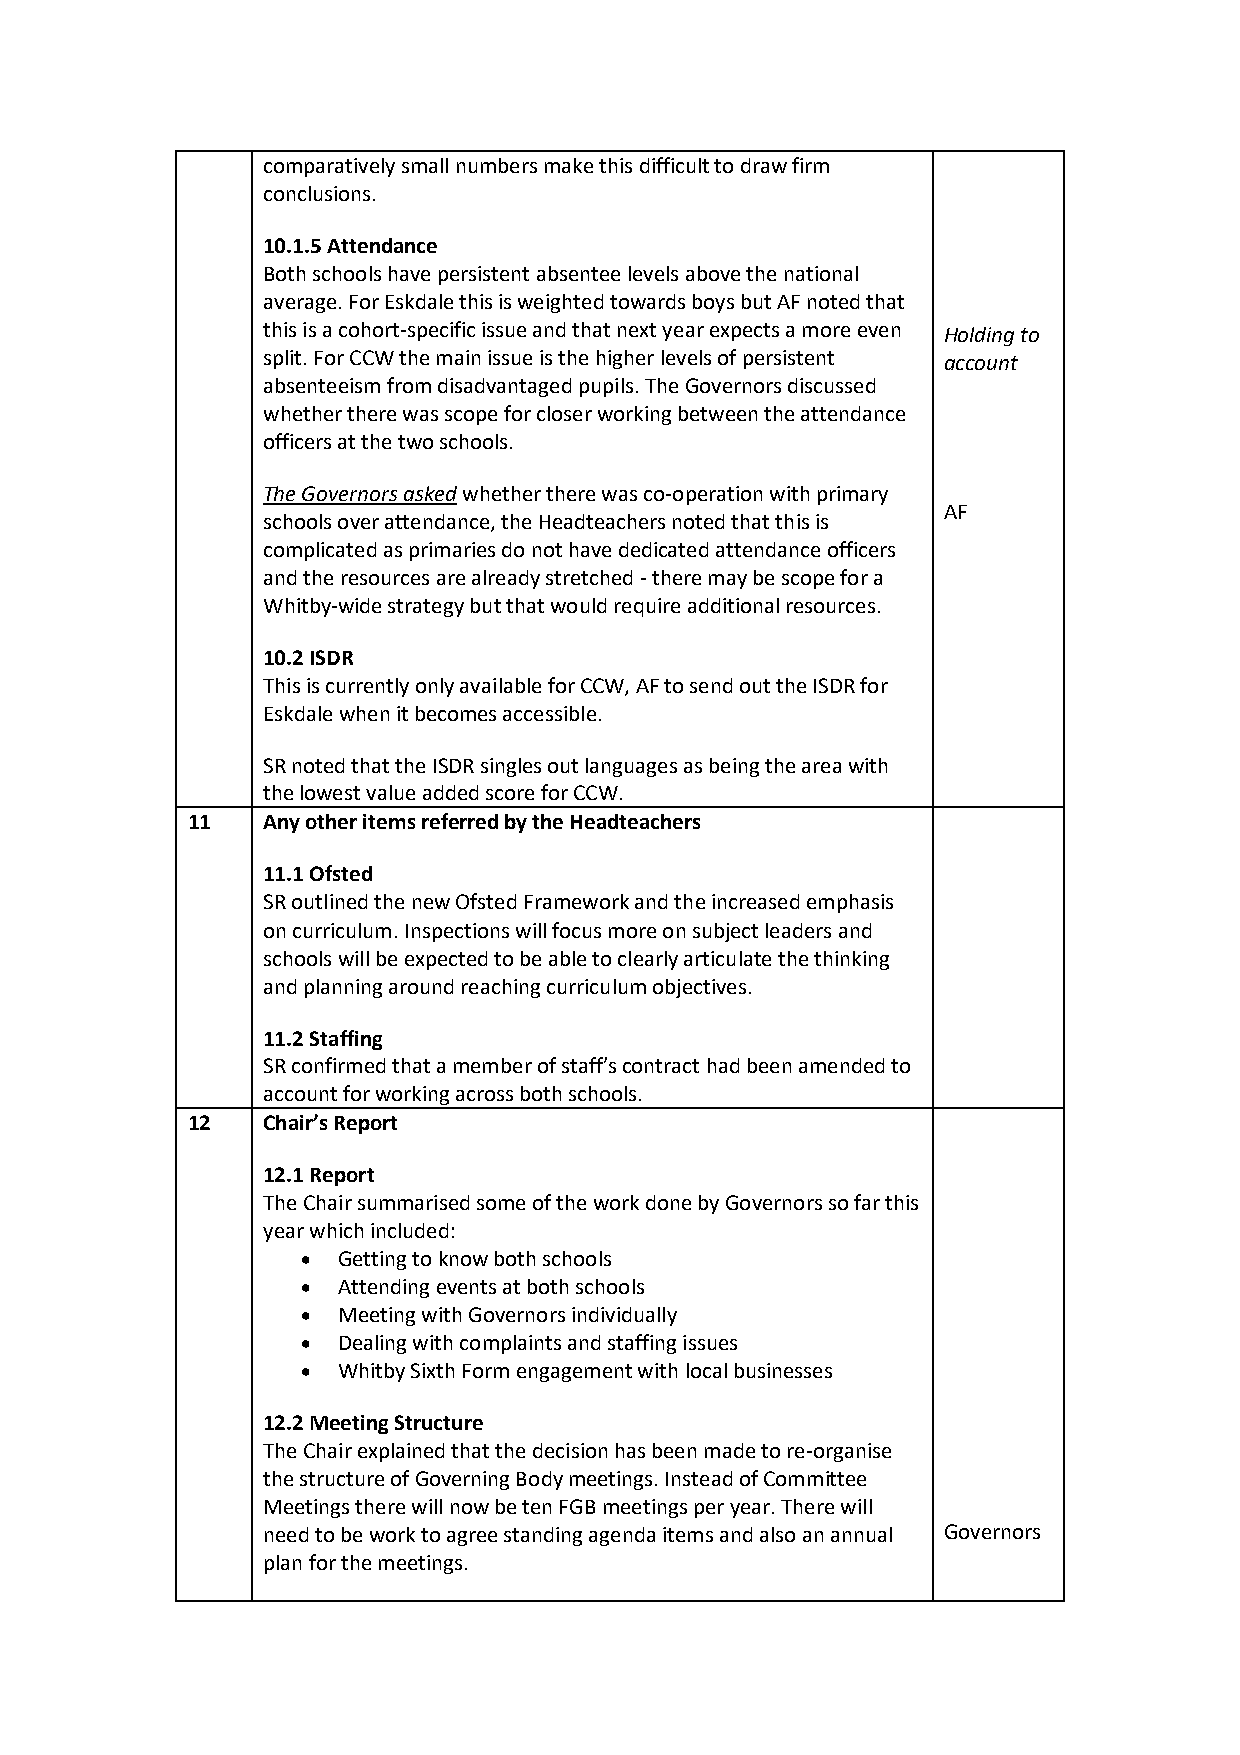
comparatively small numbers make this difficult to draw firm
 conclusions.
 10.1.5 Attendance
 Both schools have persistent absentee levels above the national
 average. For Eskdale this is weighted towards boys but AF noted that
 this is a cohort-specific issue and that next year expects a more even Holding to
 split. For CCW the main issue is the higher levels of persistent account
 absenteeism from disadvantaged pupils. The Governors discussed
 whether there was scope for closer working between the attendance
 officers at the two schools.
 The Governors asked whether there was co-operation with primary
 AF
 schools over attendance, the Headteachers noted that this is
 complicated as primaries do not have dedicated attendance officers
 and the resources are already stretched - there may be scope for a
 Whitby-wide strategy but that would require additional resources.
 10.2 ISDR
 This is currently only available for CCW, AF to send out the ISDR for
 Eskdale when it becomes accessible.
 SR noted that the ISDR singles out languages as being the area with
 t he lowest value added score for CCW.
 11   Any other items referred by the Headteachers
 11.1 Ofsted
 SR outlined the new Ofsted Framework and the increased emphasis
 on curriculum. Inspections will focus more on subject leaders and
 schools will be expected to be able to clearly articulate the thinking
 and planning around reaching curriculum objectives.
 11.2 Staffing
 SR confirmed that a member of staff’s contract had been amended to
 a ccount for working across both schools.
 12   Chair’s Report
 12.1 Report
 The Chair summarised some of the work done by Governors so far this
 year which included:
 • Getting to know both schools
 • Attending events at both schools
 • Meeting with Governors individually
 • Dealing with complaints and staffing issues
 • Whitby Sixth Form engagement with local businesses
 12.2 Meeting Structure
 The Chair explained that the decision has been made to re-organise
 the structure of Governing Body meetings. Instead of Committee
 Meetings there will now be ten FGB meetings per year. There will
 need to be work to agree standing agenda items and also an annual Governors
 plan for the meetings.